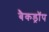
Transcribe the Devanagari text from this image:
बैकड्राॅप